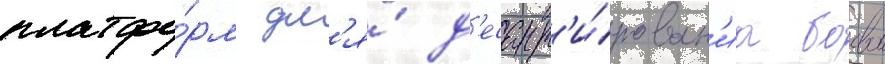
платфо́рм дл'я́ д'есант'и́рован'иа боевои